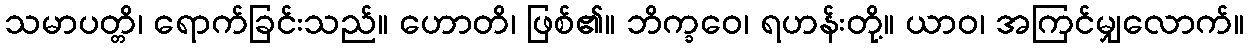
သမာပတ္တိ၊ ရောက်ခြင်းသည်။ ဟောတိ၊ ဖြစ်၏။ ဘိက္ခဝေ၊ ရဟန်းတို့။ ယာဝ၊ အကြင်မျှလောက်။